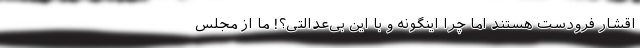
اقشار فرودست هستند اما چرا اینگونه و با این بی‌عدالتی؟! ما از مجلس